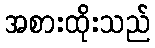
အစားထိုးသည်